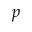
p